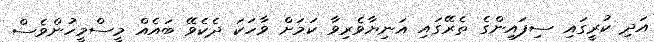
އަދި ކުރީގައި ސިފައިންގެ ތެރޭގައި އަނިޔާވެރިވާ ކަމަށް ވާހަކަ ދެކެވޭ ބައެއް މީސްމީހުންވެސް